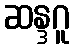
ဆန္ဒဂူ